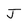
Character: J